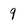
Character: 9